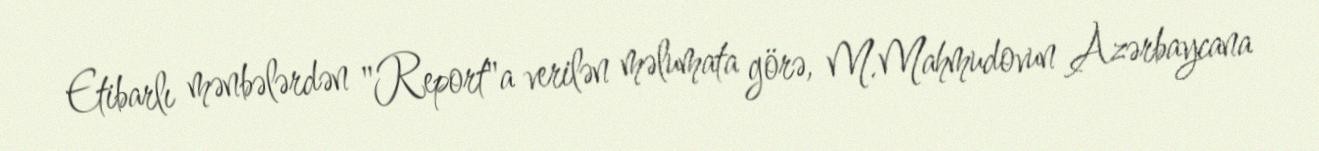
Etibarlı mənbələrdən "Report"a verilən məlumata görə, M.Mahmudovun Azərbaycana